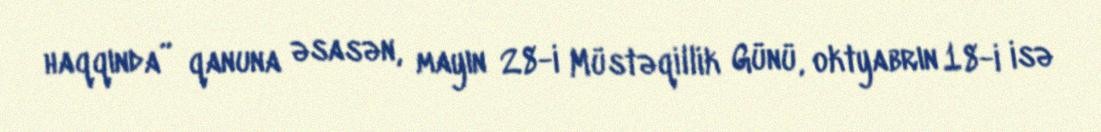
haqqında” qanuna əsasən, mayın 28-i Müstəqillik Günü, oktyabrın 18-i isə